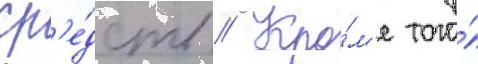
ср'е́дств // Кро́м'е того́